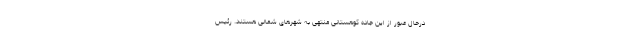
درحال عبور از این جاده کوهستانی منتهی به شهرهای شمالی هستند. رئیس